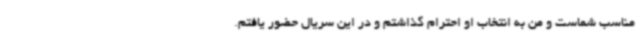
مناسب شماست و من به انتخاب او احترام گذاشتم و در این سریال حضور یافتم.